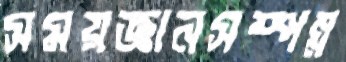
সময়জ্ঞানসম্পন্ন